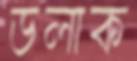
ডলাক